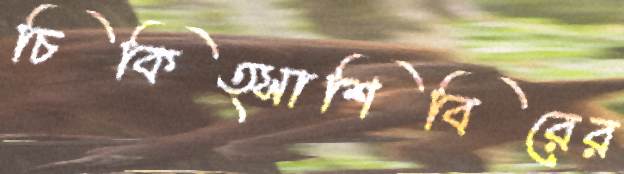
চিকিত্সাশিবিরের